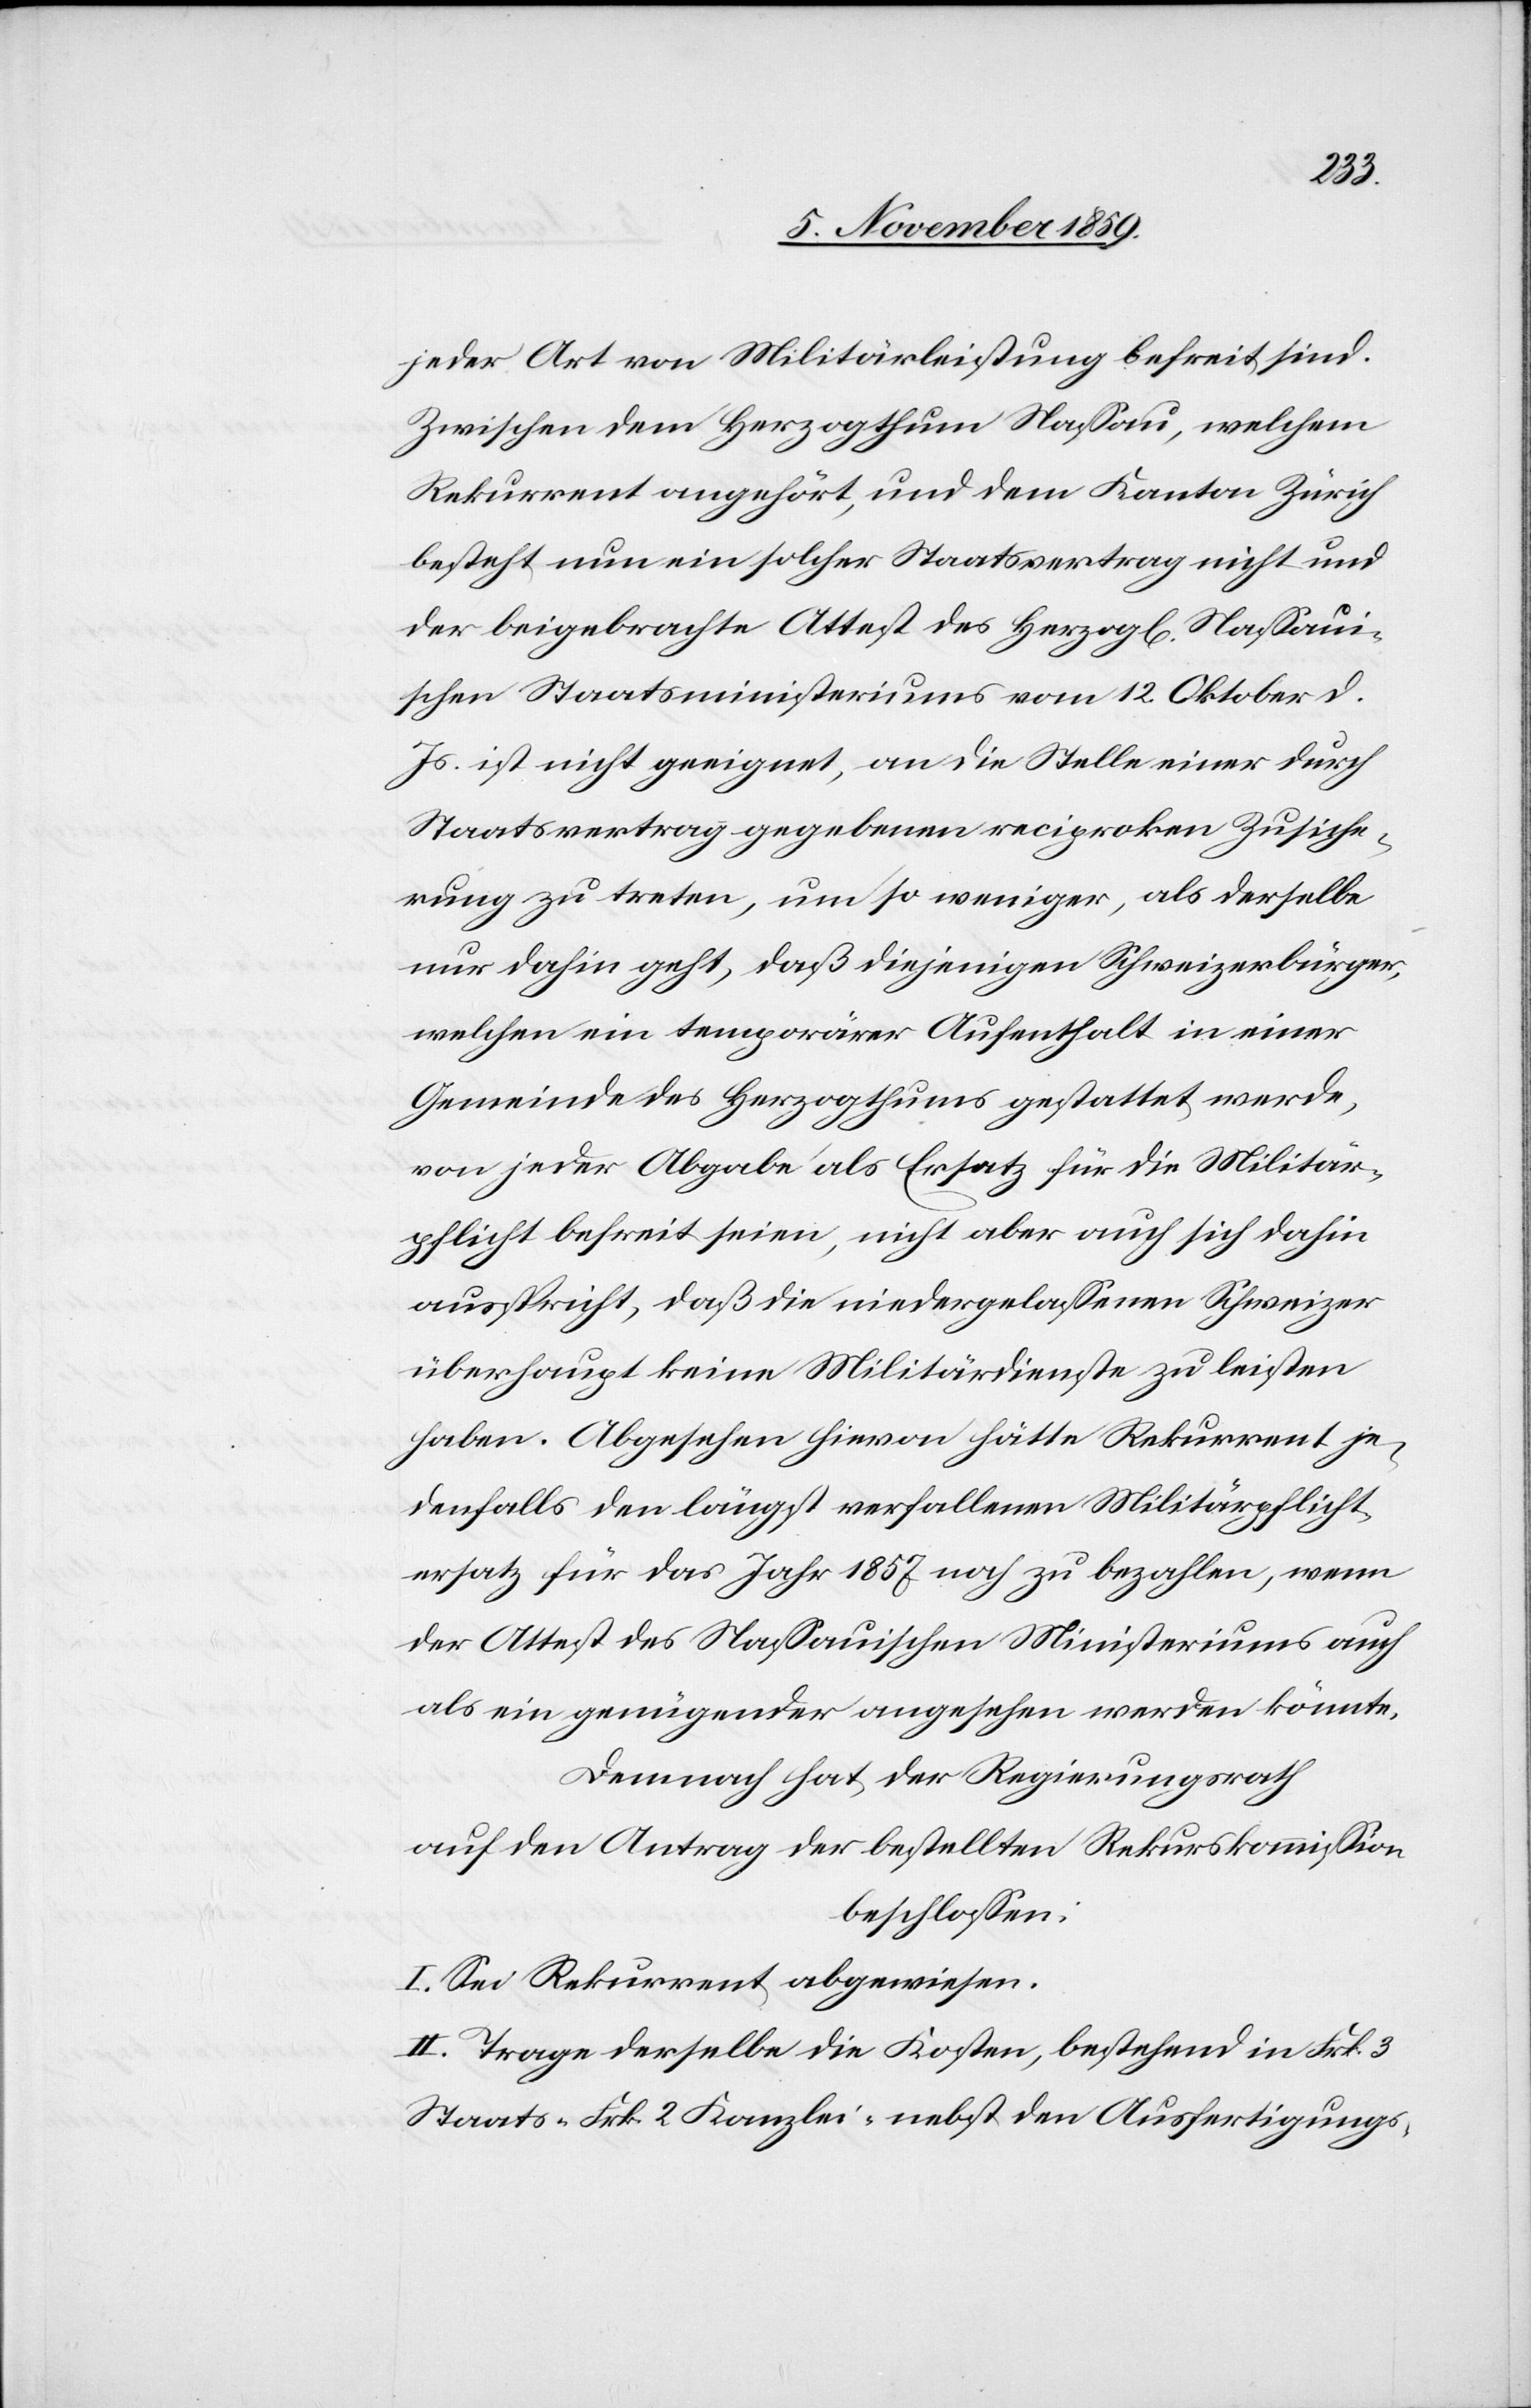
jeder Art von Militärleistung befreit sind.
Zwischen dem Herzogthum Nassau, welchem
Rekurrent angehört, und dem Kanton Zürich
besteht nun ein solcher Staatsvertrag nicht und
der beigebrachte Attest des herzogl[ichen] Nassaui¬
schen Staatsministeriums vom 12. Oktober d.
Js. ist nicht geeignet, an die Stelle einer durch
Staatsvertrag gegebenen reciproken Zusiche¬
rung zu treten, um so weniger, als derselbe
nur dahin geht, daß diejenigen Schweizerbürger,
welchen ein temporärer Aufenthalt in einer
Gemeinde des Herzogthums gestattet wurde,
von jeder Abgabe als Ersatz für die Militär¬
pflicht befreit seien, nicht aber auch sich dahin
ausspricht, daß die niedergelassenen Schweizer
überhaupt keine Militärdienste zu leisten
haben. Abgesehen hievon hätte Rekurrent je¬
denfalls den längst verfallenen Militärpflicht¬
ersatz für das Jahr 1857 noch zu bezahlen, wenn
der Attest des Nassauischen Ministeriums auch
als ein genügender angesehen werden könnte.
Demnach hat der Regierungsrath
auf den Antrag der bestellten Rekurskommission
beschlossen:
I. Sei der Rekurrent abgewiesen.
II. Trage derselbe die Kosten, bestehend in Frk. 3
Staats- und Frk. 2 Kanzlei- nebst den Ausfertigungs-